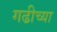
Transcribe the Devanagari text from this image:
गढीच्या